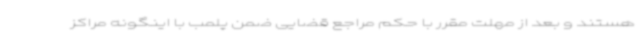
هستند و بعد از مهلت مقرر با حکم مراجع قضایی ضمن پلمب با اینگونه مراکز